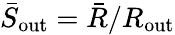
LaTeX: \bar{S}_{\mathrm{out}}=\bar{R}/R_{\mathrm{out}}